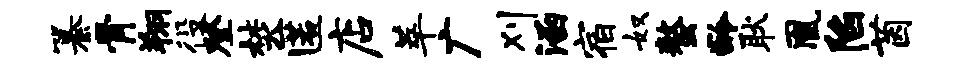
纂骨翔役登焚匿店萃广刈涵宿奴螯龄耿凰陷茵